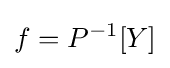
f=P^{-1}[Y]